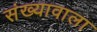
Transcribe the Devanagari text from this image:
संख्यावाला